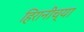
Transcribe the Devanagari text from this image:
हिरानीच्या